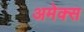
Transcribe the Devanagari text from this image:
अमेक्स